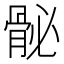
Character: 𩨲